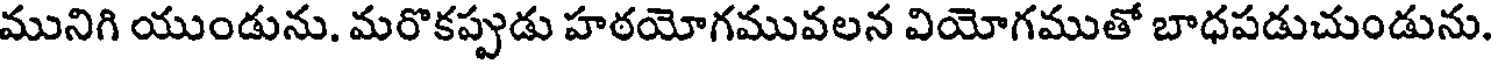
మునిగి యుండును. మరొకప్పుడు హఠయోగమువలన వియోగముతో బాధపడుచుండును.